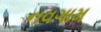
નવગામ